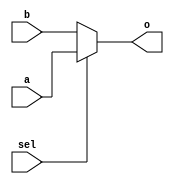
module mux2to1(input[3:0] a, input[3:0] b, input sel, output[3:0] o);
    assign o = sel ? a:b;
endmodule